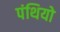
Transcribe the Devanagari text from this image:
पंथियो